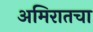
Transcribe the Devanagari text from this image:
अमिरातचा